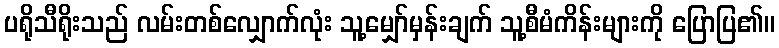
ပရိုသီရိုးသည် လမ်းတစ်လျှောက်လုံး သူ့မျှော်မှန်းချက် သူ့စီမံကိန်းများကို ပြောပြ၏။